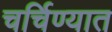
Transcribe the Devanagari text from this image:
चर्चिण्यात